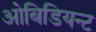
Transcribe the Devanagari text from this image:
ओबिडियन्ट